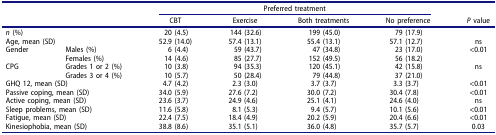
| <COLSPAN=2>  | <COLSPAN=4> Preferred treatment |  |
 | <COLSPAN=2>  | CBT | Exercise | Both treatments | No preference | P value |
 | --- | --- | --- | --- | --- | --- | --- |
 | <COLSPAN=2> n (%) | 20 (4.5) | 144 (32.6) | 199 (45.0) | 79 (17.9) |  |
 | <COLSPAN=2> Age, mean (SD) | 52.9 (14.0) | 57.4 (13.1) | 55.4 (13.1) | 57.1 (12.7) | ns |
 | <ROWSPAN=2> Gender | Males (%) | 6 (4.4) | 59 (43.7) | 47 (34.8) | 23 (17.0) | <ROWSPAN=2> <0.01 |
 | Females (%) | 14 (4.6) | 85 (27.7) | 152 (49.5) | 56 (18.2) |
 | <ROWSPAN=2> CPG | Grades 1 or 2 (%) | 10 (3.8) | 94 (35.3) | 120 (45.1) | 42 (15.8) | <ROWSPAN=2> ns |
 | Grades 3 or 4 (%) | 10 (5.7) | 50 (28.4) | 79 (44.8) | 37 (21.0) |
 | <COLSPAN=2> GHQ 12, mean (SD) | 4.7 (4.2) | 2.3 (3.0) | 3.7 (3.7) | 3.3 (3.7) | <0.01 |
 | <COLSPAN=2> Passive coping, mean (SD) | 34.0 (5.9) | 27.6 (7.2) | 30.0 (7.2) | 30.4 (7.8) | <0.01 |
 | <COLSPAN=2> Active coping, mean (SD) | 23.6 (3.7) | 24.9 (4.6) | 25.1 (4.1) | 24.6 (4.0) | ns |
 | <COLSPAN=2> Sleep problems, mean (SD) | 11.6 (5.8) | 8.1 (5.3) | 9.4 (5.7) | 10.1 (5.6) | <0.01 |
 | <COLSPAN=2> Fatigue, mean (SD) | 22.4 (7.5) | 18.4 (4.9) | 20.2 (5.9) | 20.4 (6.6) | <0.01 |
 | <COLSPAN=2> Kinesiophobia, mean (SD) | 38.8 (8.6) | 35.1 (5.1) | 36.0 (4.8) | 35.7 (5.7) | 0.03 |